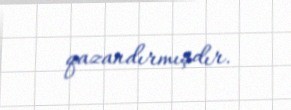
qazandırmışdır.